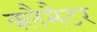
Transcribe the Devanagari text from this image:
क्लैमैटर